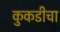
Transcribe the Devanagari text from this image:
कुकडीचा